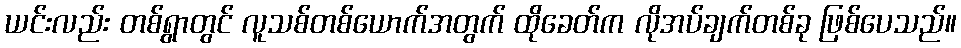
ယင်းလည်း တစ်ရွာတွင် လူသစ်တစ်ယောက်အတွက် ထိုခေတ်က လိုအပ်ချက်တစ်ခု ဖြစ်ပေသည်။